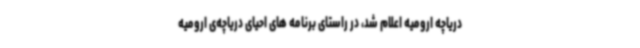
دریاچه ارومیه اعلام شد، در راستای برنامه های احیای دریاچه‌ی ارومیه